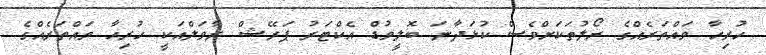
ހުރިހާ ވައްތަރެއްގެ ރޯލުތަކަށްވެސް ކުޅަދާނަ ބޮލީވުޑް އެކްޓަރު ޕަރޭޝް ރާވަލްއަކީ ހުރިހާ ވައްތަރެއްގެ